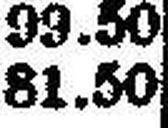
81.50